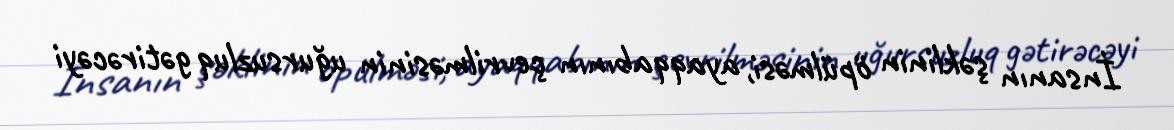
İnsanın şəklinin öpülməsi, ayaqqabının çevrilməsinin uğursuzluq gətirəcəyi